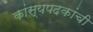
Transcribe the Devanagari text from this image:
कांस्यपदकांची